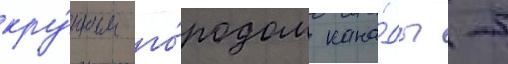
кру́пным го́родом кана́ды -